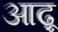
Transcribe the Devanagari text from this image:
आढ़ू